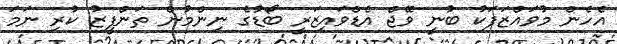
އެހެން މުވައްޒަފަކު ބުނީ ވޭޖް އެޑްވައިޒަރީ ބޯޑުގެ ނިންމުން ތަންފީޒު ކުރި ނަމަ